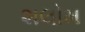
શલોમ